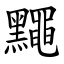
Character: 䵴